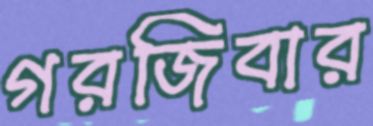
গরজিবার